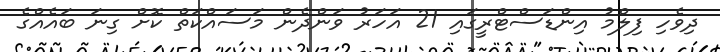
ދިވެހި ފިލްމު އިންޑަސްޓްރީގައި 21 އަހަރު ވަންދެން މަސައްކަތް ކޮށް ގިނަ ބައެއްގެ